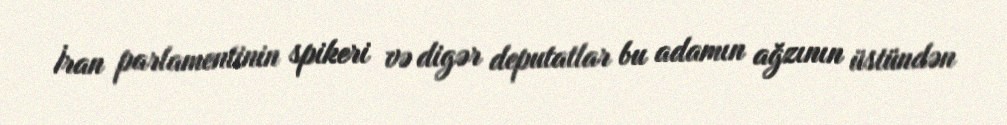
İran parlamentinin spikeri və digər deputatlar bu adamın ağzının üstündən